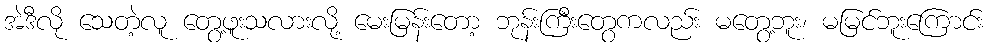
အဲဒီလို သေတဲ့လူ တွေ့ဖူးသလားလို့ မေးမြန်းတော့ ဘုန်းကြီးတွေကလည်း မတွေ့ဘူး၊ မမြင်ဘူးကြောင်း